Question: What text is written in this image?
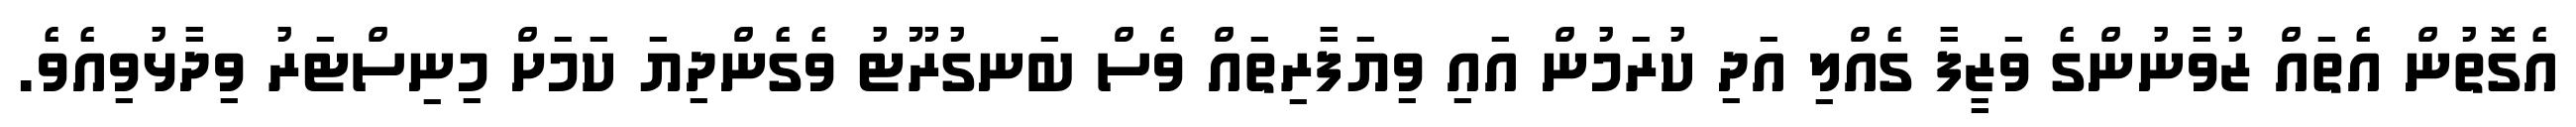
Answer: އެގޮތުން އެތައް ޒުވާނުންގެ ވަޒީފާ ގެއްލި އަދި ކުރަމުން އައި ވިޔަފާރިތައް ވެސް ބަނގުރޫޓު ވެގެންދިޔަ ކަމަށް މިނިސްޓަރު ވިދާޅުވިއެވެ.